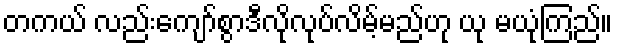
တကယ် လည်းကျော်စွာဒီလိုလုပ်လိမ့်မည်ဟု ယု မယုံကြည်။